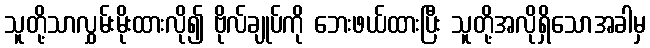
သူတို့သာလွှမ်းမိုးထားလို၍ ဗိုလ်ချုပ်ကို ဘေးဖယ်ထားပြီး သူတို့အလိုရှိသောအခါမှ